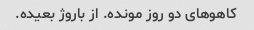
کاهوهای دو روز مونده. از باروژ بعیده.